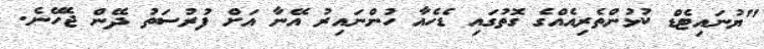
"ޔުނައިޓެޑް ކުޅުންތެރިއެއްގެ ގޮތުގައި ޑެހެއާ ހުންނައިރު އޭނާ އަށް ފުރުސަތު ދޭން ޖެހޭނެ.